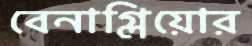
বেনাগ্লিয়োর